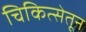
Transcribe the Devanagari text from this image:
चिकित्सेतून